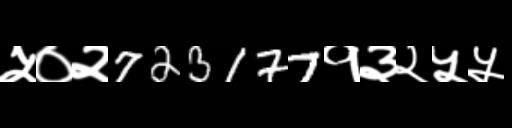
Text: ५०२723177१३२५५